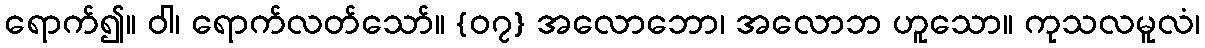
ရောက်၍။ ဝါ၊ ရောက်လတ်သော်။ {၀၇} အလောဘော၊ အလောဘ ဟူသော။ ကုသလမူလံ၊